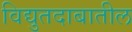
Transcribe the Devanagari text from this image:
विद्युतदाबातील